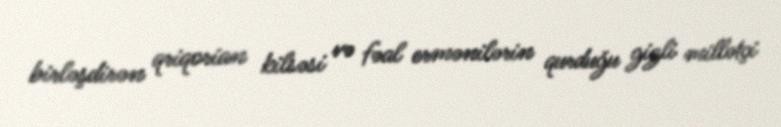
birləşdirən qriqorian kilsəsi və fəal ermənilərin qurduğu gizli millətçi